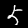
Label: 5